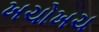
ખચોખચ